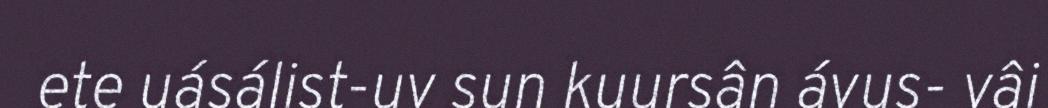
ete uásálist-uv sun kuursân ávus- vâi